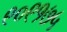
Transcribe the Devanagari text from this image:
९०९१७५